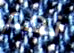
نعم